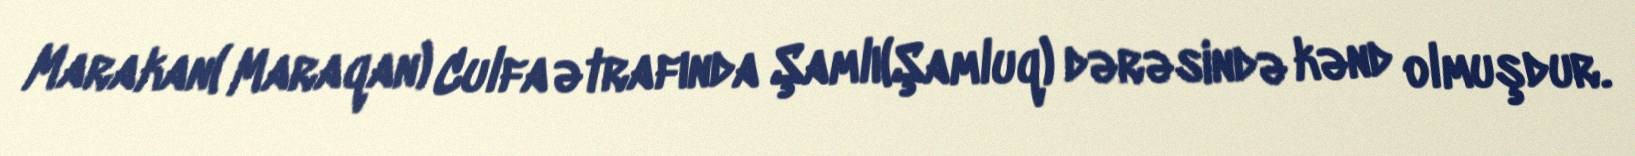
Marakan( Maraqan) Culfa ətrafında Şamlı(Şamluq) dərəsində kənd olmuşdur.